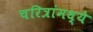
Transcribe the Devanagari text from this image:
चरित्रांमध्ये